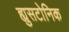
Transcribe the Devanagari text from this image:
ह्युसटोनिक